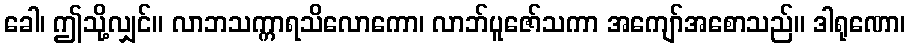
ခေါ၊ ဤသို့လျှင်။ လာဘသက္ကာရသိလောကော၊ လာဘ်ပူဇော်သကာ အကျော်အစောသည်။ ဒါရုဏော၊